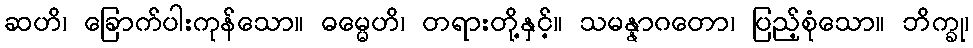
ဆဟိ၊ ခြောက်ပါးကုန်သော။ ဓမ္မေဟိ၊ တရားတို့နှင့်။ သမန္နာဂတော၊ ပြည့်စုံသော။ ဘိက္ခု၊